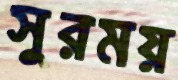
সুরময়